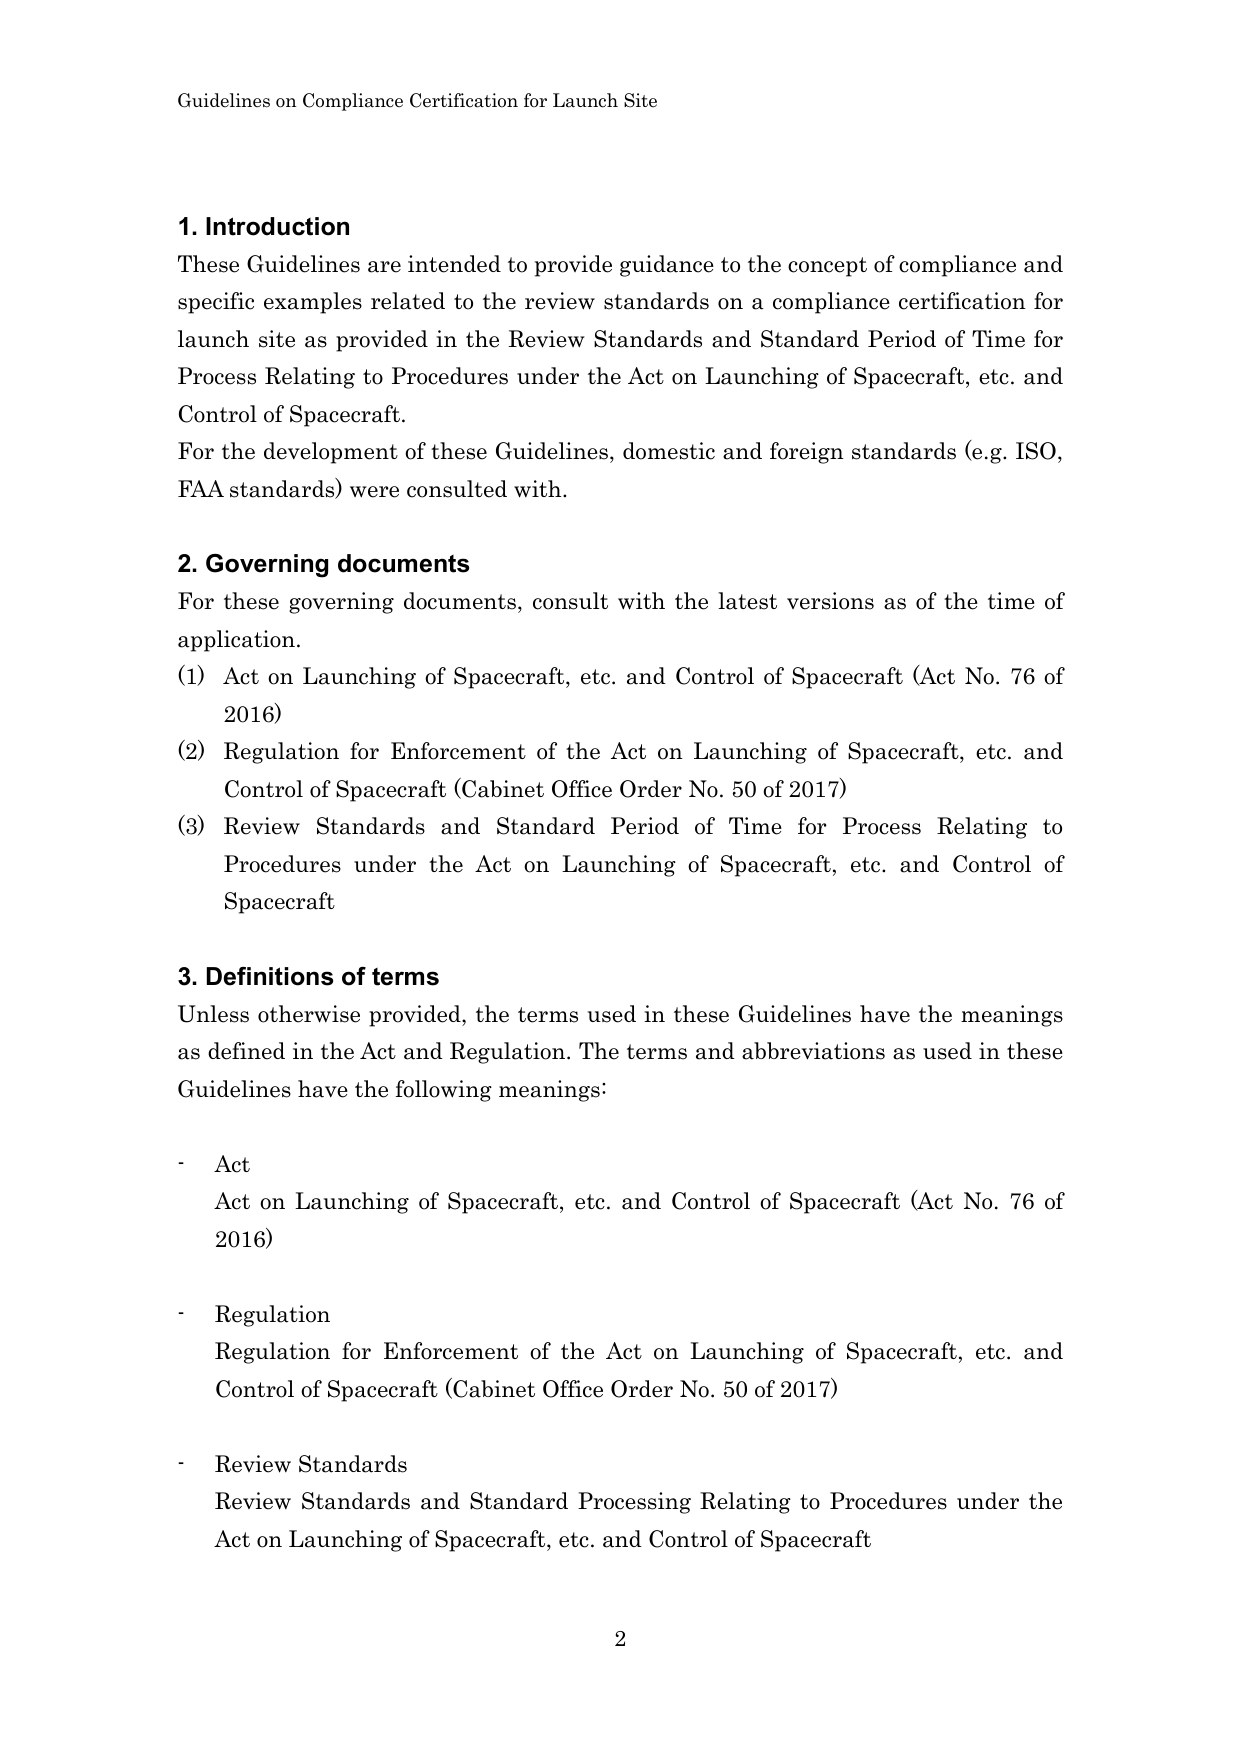
Guidelines on Compliance Certification for Launch Site

1. Introduction
These Guidelines are intended to provide guidance to the concept of compliance and specific examples related to the review standards on a compliance certification for launch site as provided in the Review Standards and Standard Period of Time for Process Relating to Procedures under the Act on Launching of Spacecraft, etc. and Control of Spacecraft.
For the development of these Guidelines, domestic and foreign standards (e.g. ISO, FAA standards) were consulted with.

2. Governing documents
For these governing documents, consult with the latest versions as of the time of application.
(1) Act on Launching of Spacecraft, etc. and Control of Spacecraft (Act No. 76 of 2016)
(2) Regulation for Enforcement of the Act on Launching of Spacecraft, etc. and Control of Spacecraft (Cabinet Office Order No. 50 of 2017)
(3) Review Standards and Standard Period of Time for Process Relating to Procedures under the Act on Launching of Spacecraft, etc. and Control of Spacecraft

3. Definitions of terms
Unless otherwise provided, the terms used in these Guidelines have the meanings as defined in the Act and Regulation. The terms and abbreviations as used in these Guidelines have the following meanings:

- Act
Act on Launching of Spacecraft, etc. and Control of Spacecraft (Act No. 76 of 2016)

- Regulation
Regulation for Enforcement of the Act on Launching of Spacecraft, etc. and Control of Spacecraft (Cabinet Office Order No. 50 of 2017)

- Review Standards
Review Standards and Standard Processing Relating to Procedures under the Act on Launching of Spacecraft, etc. and Control of Spacecraft

2